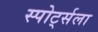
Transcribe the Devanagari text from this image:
स्पोर्ट्सला